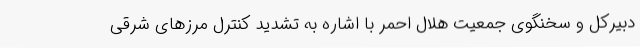
دبیرکل و سخنگوی جمعیت هلال احمر با اشاره به تشدید کنترل مرزهای شرقی